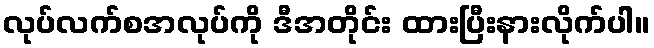
လုပ်လက်စအလုပ်ကို ဒီအတိုင်း ထားပြီးနားလိုက်ပါ။